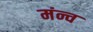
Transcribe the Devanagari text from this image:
मंन्च